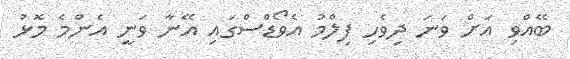
ބޭއްވި އަށް ވަނަ ދިވެހި ފިލްމު އެވޯޑްސްގައި އޭނާ ވަނީ އެންމެ މޮޅު